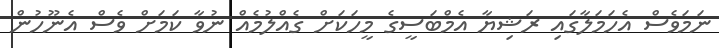
ނަމަވެސް އެހަމަލާގައި ރަޝިޔާ އެމްބަސީގެ މީހަކަށް ގެއްލުމެއް ނުވާ ކަމަށް ވެސް އެނޫހުން